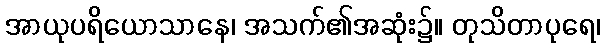
အာယုပရိယောသာနေ၊ အသက်၏အဆုံး၌။ တုသိတာပုရေ၊